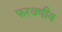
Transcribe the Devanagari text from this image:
फरवणीय